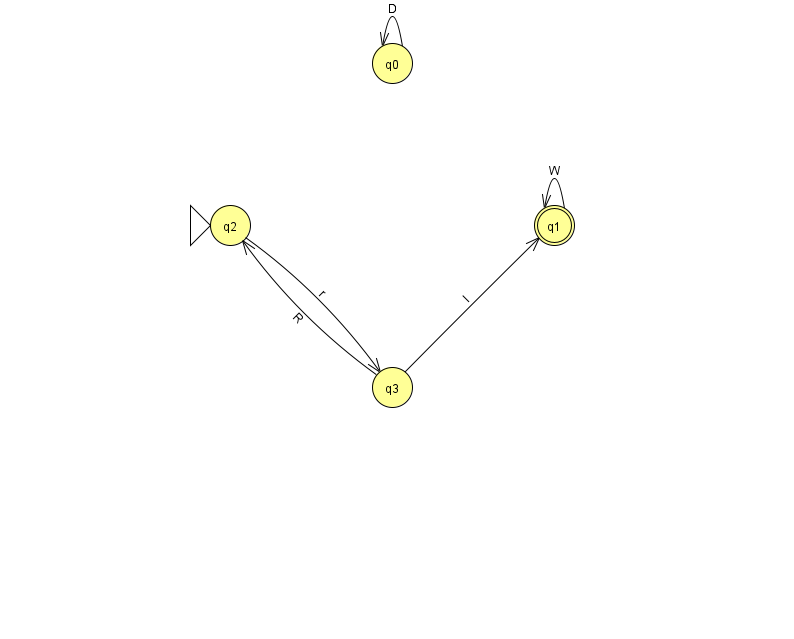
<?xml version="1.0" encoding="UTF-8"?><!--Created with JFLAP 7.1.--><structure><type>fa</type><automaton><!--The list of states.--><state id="0" name="q0"><x>392.0</x><y>50.0</y></state><state id="1" name="q1"><x>554.0</x><y>212.0</y><final/></state><state id="2" name="q2"><x>230.0</x><y>212.0</y><initial/></state><state id="3" name="q3"><x>392.0</x><y>374.0</y></state><!--The list of transitions.--><transition><from>2</from><to>3</to><read>r</read></transition><transition><from>3</from><to>2</to><read>R</read></transition><transition><from>0</from><to>0</to><read>D</read></transition><transition><from>1</from><to>1</to><read>W</read></transition><transition><from>3</from><to>1</to><read>l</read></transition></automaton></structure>